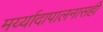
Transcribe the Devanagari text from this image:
मर्य्यादापालनासही